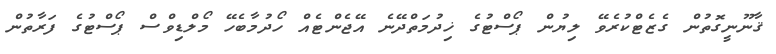
ޤާނޫނީގޮތުން ގެޒެޓްކުރެވޭ ލިޔުން ޕޯސްޓުގެ ޚިދުމަތްދޭނެ އޭޖެންޓެއް ހޯދުމާބެހޭ މޯލްޑިވްސް ޕޯސްޓުގެ ފަރާތުން